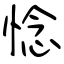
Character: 惗